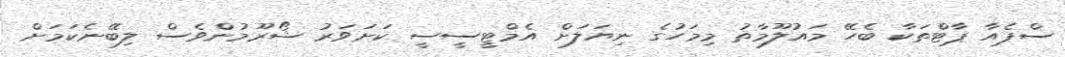
ސްޕެއާ ޕާޓްތަކާ ބެހޭ މައުލޫމާތު މިމަހުގެ ނިޔަލަށް އެމްޓީސީސީ ކަށަވަރު ޝޯރޫމުންވެސް ލިބޭނެކަމަށް